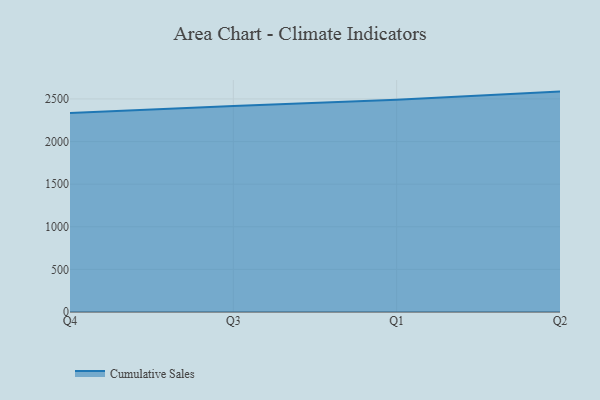
{"axis": {"x": "Quarter", "y": "Active Users"}, "legend": ["Cumulative Sales"], "data": [{"x": "Q4", "y": 2333.7, "type": "Cumulative Sales"}, {"x": "Q3", "y": 2417.7, "type": "Cumulative Sales"}, {"x": "Q1", "y": 2491.8, "type": "Cumulative Sales"}, {"x": "Q2", "y": 2586.1, "type": "Cumulative Sales"}]}